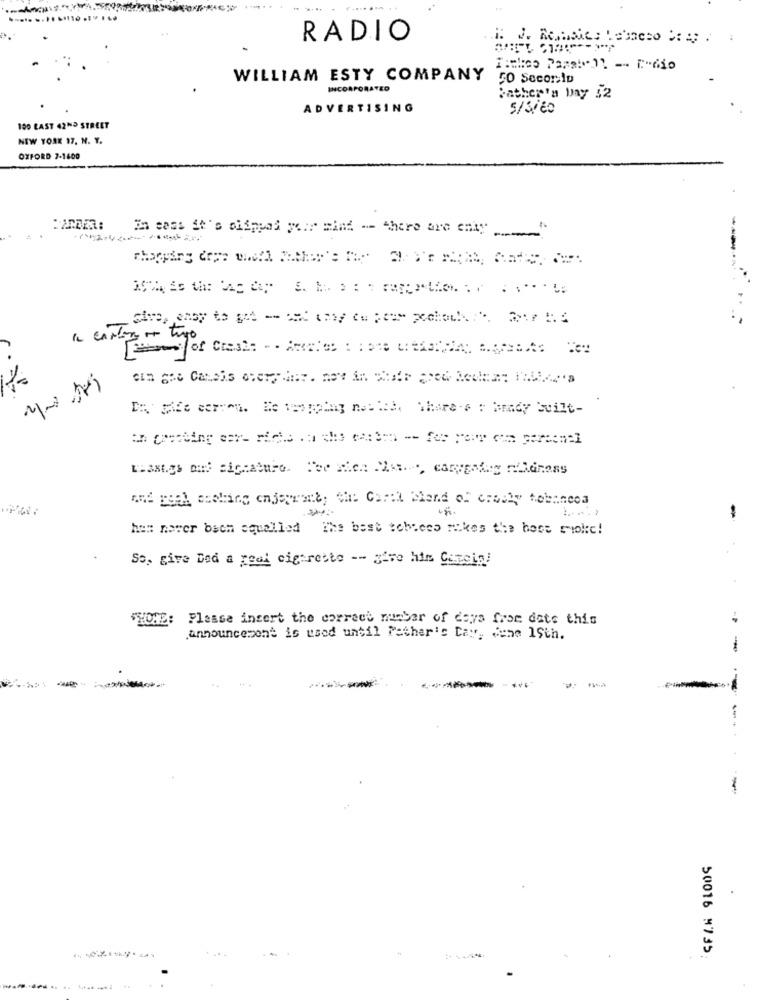
RADIO
WILLIAM ESTY COMPANY
SO SecorID
INCORPORATED
Father's bay 52
ADVERTISING
5/5/ 60
100 LAST 42ND STREET
NEW YORK 17, N. Y.
OXFORD 7-1600
In cass it's clipped year mind . there are enty
----
.4
De Fit corren. Be teapping not take Share e : brady built-
and peal cooling cnjepwant; Ch: Carel Miend of orally tobancos
-
has never been equalled The best tobleed rakes the host moke!
So, give Ded a real cigarette -- give him Cascia/
Please insert the correct number of days from date this
announcesone is used until Father's Day, June 1Sth.
-
----
50016 M735